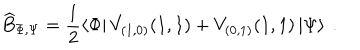
\widehat { B } _ { \Phi , \Psi } = \displaystyle \frac { 1 } { 2 } \left\langle \Phi \right| V _ { ( 1 , 0 ) } ( 1 , 1 ) + V _ { ( 0 , 1 ) } ( 1 , 1 ) \left| \Psi \right\rangle \: .